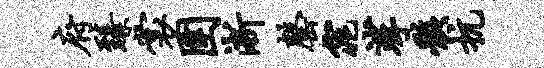
府臻裳圉淅罄窕挲骸抗